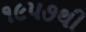
૧૯૫૭થી